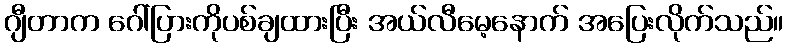
ဂျီတာက ဂေါ်ပြားကိုပစ်ချထားပြီး အယ်လီမေ့နောက် အပြေးလိုက်သည်။